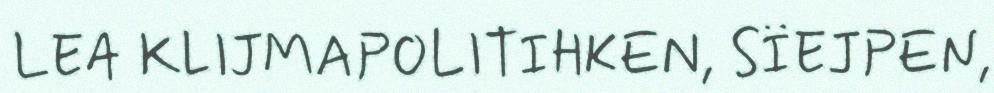
LEA KLIJMAPOLITIHKEN, SÏEJPEN,